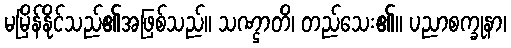
မမြိန်နိုင်သည်၏အဖြစ်သည်။ သဏ္ဌာတိ၊ တည်သေး၏။ ပညာစက္ခုနာ၊